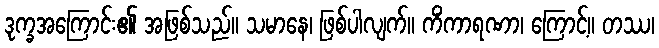
ဒုက္ခအကြောင်း၏ အဖြစ်သည်။ သမာနေ၊ ဖြစ်ပါလျက်။ ကိံကာရဏာ၊ ကြောင့်။ တဿ၊